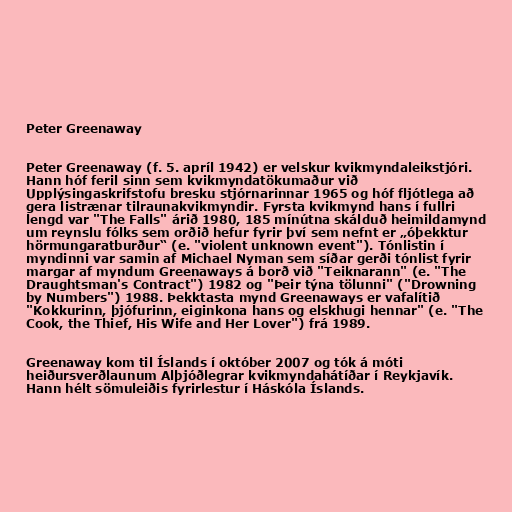
Peter Greenaway

Peter Greenaway (f. 5. apríl 1942) er velskur kvikmyndaleikstjóri.
Hann hóf feril sinn sem kvikmyndatökumaður við
Upplýsingaskrifstofu bresku stjórnarinnar 1965 og hóf fljótlega að
gera listrænar tilraunakvikmyndir. Fyrsta kvikmynd hans í fullri
lengd var "The Falls" árið 1980, 185 mínútna skálduð heimildamynd
um reynslu fólks sem orðið hefur fyrir því sem nefnt er „óþekktur
hörmungaratburður“ (e. "violent unknown event"). Tónlistin í
myndinni var samin af Michael Nyman sem síðar gerði tónlist fyrir
margar af myndum Greenaways á borð við "Teiknarann" (e. "The
Draughtsman's Contract") 1982 og "Þeir týna tölunni" ("Drowning
by Numbers") 1988. Þekktasta mynd Greenaways er vafalítið
"Kokkurinn, þjófurinn, eiginkona hans og elskhugi hennar" (e. "The
Cook, the Thief, His Wife and Her Lover") frá 1989.

Greenaway kom til Íslands í október 2007 og tók á móti
heiðursverðlaunum Alþjóðlegrar kvikmyndahátíðar í Reykjavík.
Hann hélt sömuleiðis fyrirlestur í Háskóla Íslands.